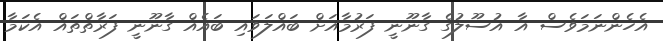
އެހެންނަމަވެސް އާ އުސޫލުގެ ގާނޫނީ ފަރުމާއަށް ބައްލަވައި ބައެއް ގާނޫނީ ފަރާތްތައް އެކަމާ